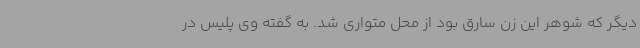
دیگر که شوهر این زن سارق بود از محل متواری شد. به گفته وی پلیس در